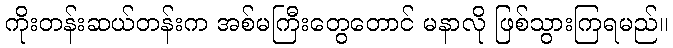
ကိုးတန်းဆယ်တန်းက အစ်မကြီးတွေတောင် မနာလို ဖြစ်သွားကြရမည်။